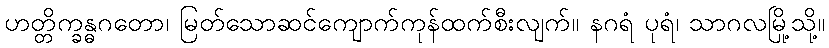
ဟတ္တိက္ခန္ဓဂတော၊ မြတ်သောဆင်ကျောက်ကုန်ထက်စီးလျက်။ နဂရံ ပုရံ၊ သာဂလမြို့သို့။